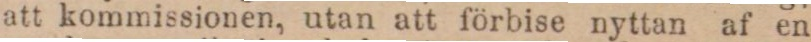
att kommissionen, utan att förbise nyttan af en